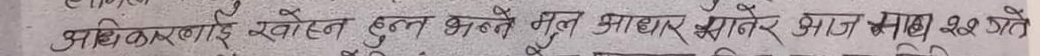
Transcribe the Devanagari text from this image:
अधिकारलाई खोस्न हुन भन्ने मूल आधार मानेर आज मात्र २८ जते